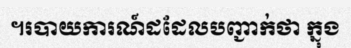
។របាយការណ៍ដដែលបញ្ជាក់ថា ក្នុង